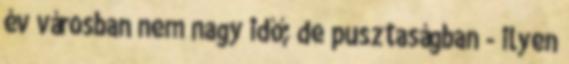
év városban nem nagy idő; de pusztaságban - ilyen